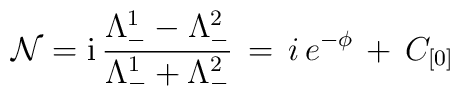
\mathcal{N} = \mbox{i}\,\frac{\Lambda^1_- - \Lambda^2_-}{\Lambda^1_- +  \Lambda^2_-} \, = \, i \, e^{- \phi} \, + \, C_{[0]}